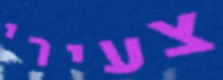
צעירי